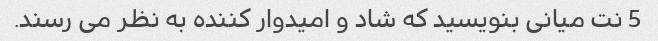
5 نت میانی بنویسید که شاد و امیدوار کننده به نظر می رسند.